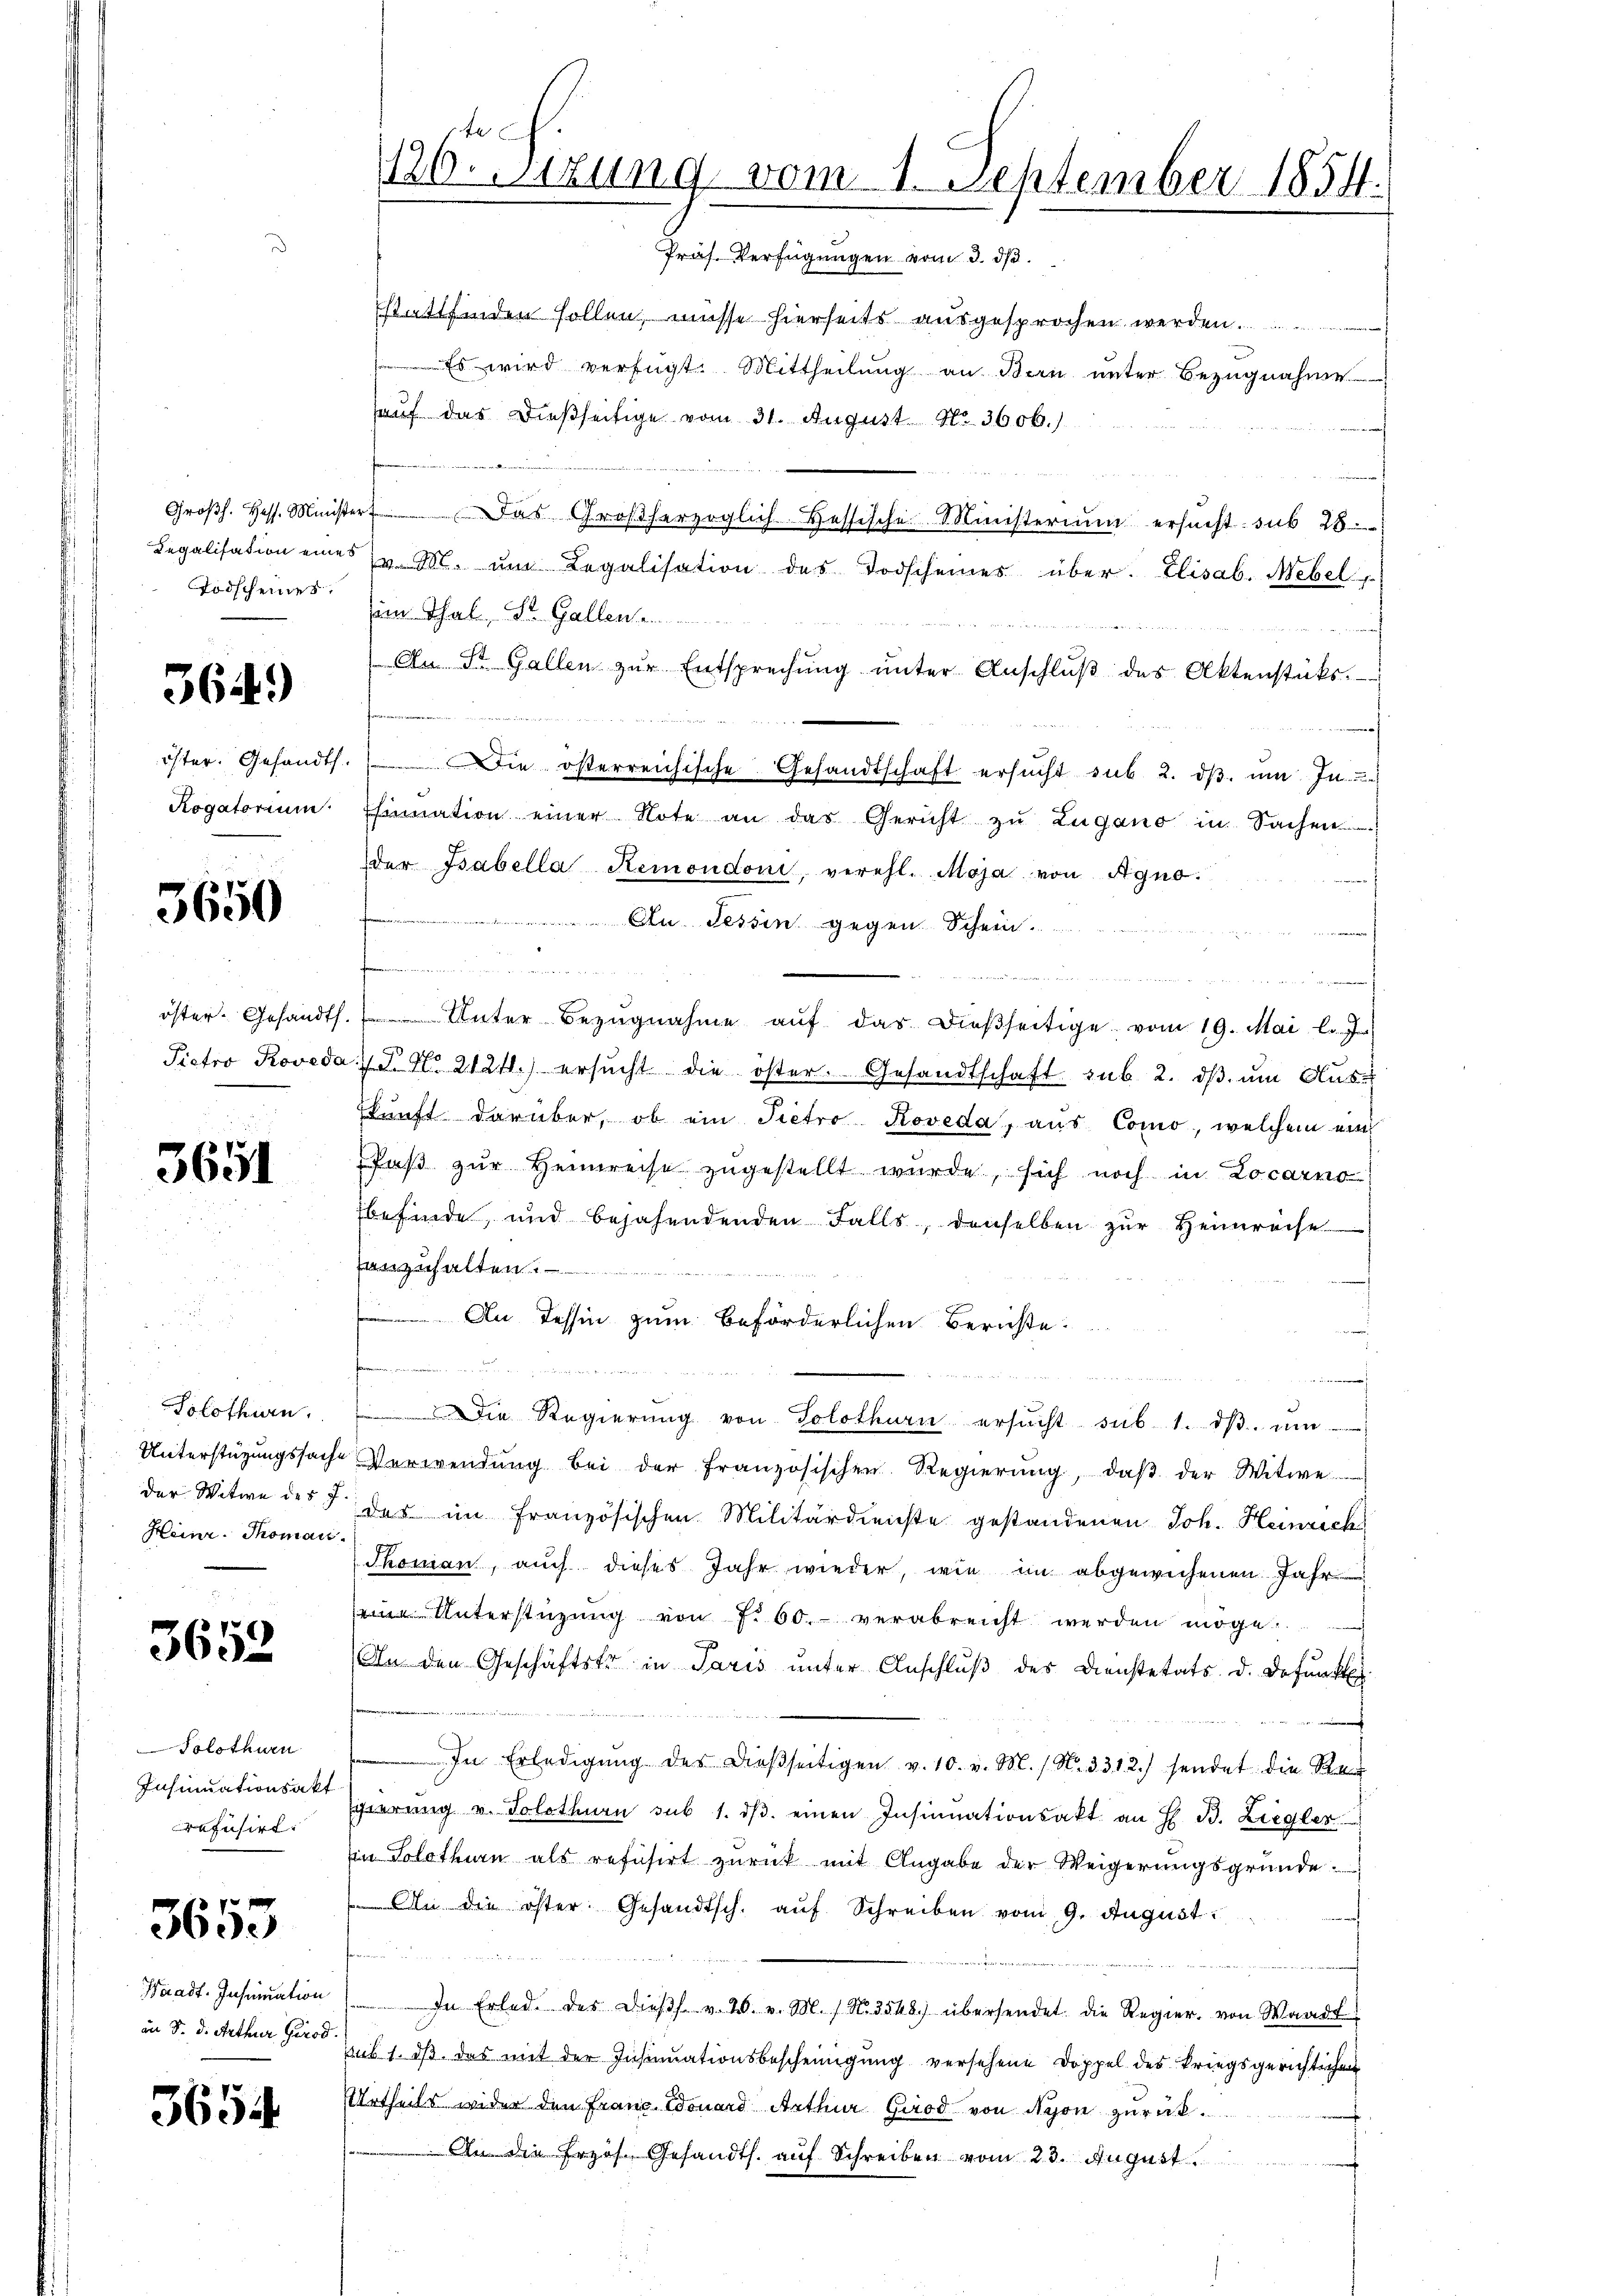
Todscheiner

364)

Rogatorium

3650

öster. Gesandts

3651

Solothurn.
Heinr. Thoman.

3653

Solothurn
Insinuationsakt
rafisirt.

3653

Waadt. Insumation
an S. d. Arthur Girod

3654

1126. Sizung vom 1. September 1854.

Präs. Verfügungen vom 3. ds.
stattfinden sollen, müsse hierseits ausgesprochen werden.
 Es wird verfügt: Mittheilung an Bern unter Bezugnahme
hauf das dießseitige vom 31. August. No. 3606.)
Groβh. Hess. Minister das Großherzoglich Hessische Ministerium ersucht. sub 28.
Legalisation eines v. M. ŭm Legalisation des Todscheines über. Elisab. Mebel
sein Thal, St. Gallen

An St. Gallen zŭr Entsprechŭng ŭnter Anschlŭβ des Aktenstüks.
ister. Gesandt. Die österreichische Gesandtschaft ersŭcht sub. 2. dβ ŭm In
Esinuation einer Note an das Gericht zŭ Lugano in Sachen
der Bsabella Remondoni, verehl. Maja von Agno.
 Tessin gegen Schein.
t
.
   in
s. Unter Bezugnahme aŭf das dießseitige vom 19. Mai l. J
90
Pietro Proveda u. No. 2121.) ersŭcht die öster. Gesandtschaft sub. 2. dβ ŭm Aŭs
Ekunft darüber, ob ein Pietro Koveda, aus Como, welchem ein
Paβ zŭr Heimreise zugestellt wurde, sich noch in Locarno
befinde, und bejahendenden Falls, denselben zŭr Heimreche
anzuhalten. —
An Tessin zum Beförderlichen Berichte
fammen
Die Regierŭng von Solothurn ersŭcht sub. 1. dβ. um
Unterstüzungssache Verwendŭng bei der französischen Regierŭng, daβ der Witwe
der Witwe des §. der im französischen Militärdienste gestandenen Joh. Heinrich
Thoman, auch dieses Jahr wieder, wie im abgewichenen Jahr
seine Unterstützŭng von f. 60. verabreicht werden möge.
An den Geschäftstr in Paris ŭnter Anschlŭβ des Dienstetats d. defunct
In Erledigŭng des dieβseitigen v. 10. v. M. / N. 3312.) sendet die Re¬
Egierŭng u. Solothurn sub 1. dβ. einen Insinuationsakt an H. B. Ziegler
in Solothurn als refusirt zurück mit Angabe der Weigerungsgründe.
An die öster. Gesandtsch. auf Schreiben vom 9. August.
u
In Erled. Das dieβ v. 26. v. M. / N. 3548) übersendet die Regier, von Waadt
sub 1. dß das mit der Insinuationsbescheinigung versehene Doppel des kriegsgerichtigen
Urtheils wider den Fraue Douard Arthur Girod von Nyon zurück¬
 die Erzos. Gesandts. auf Schreiben vom 23. August.